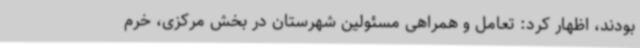
بودند، اظهار کرد: تعامل و همراهی مسئولین شهرستان در بخش مرکزی، خرم